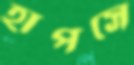
হাপসে